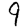
Digit: 9